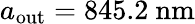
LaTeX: a_{\mathrm{out}}=845.2\ \mathrm{nm}